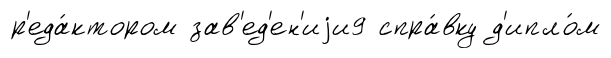
р'еда́ктором зав'ед'ен'иjи9 спра́вку д'ипло́м